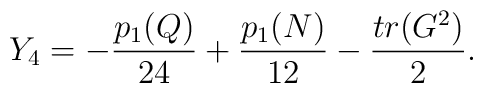
Y_4=-{{p_1(Q)}\over{24}}+{{p_1(N)}\over{12}}-{{tr(G^2)}\over{2}}.